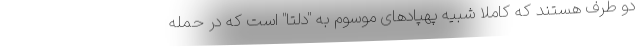
دو طرف هستند که کاملاً شبیه پهپادهای موسوم به "دلتا" است که در حمله